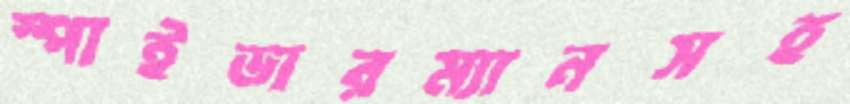
স্পাইডারম্যানসহ